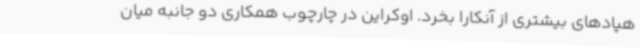
هپادهای بیشتری از آنکارا بخرد. اوکراین در چارچوب همکاری دو جانبه میان